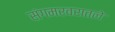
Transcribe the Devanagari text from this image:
संगमरवरातले